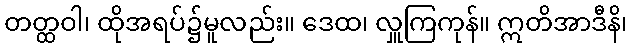
တတ္ထဝါ၊ ထိုအရပ်၌မူလည်း။ ဒေထ၊ လှူကြကုန်။ ဣတိအာဒီနိ၊